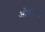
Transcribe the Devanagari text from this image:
ओषधयो